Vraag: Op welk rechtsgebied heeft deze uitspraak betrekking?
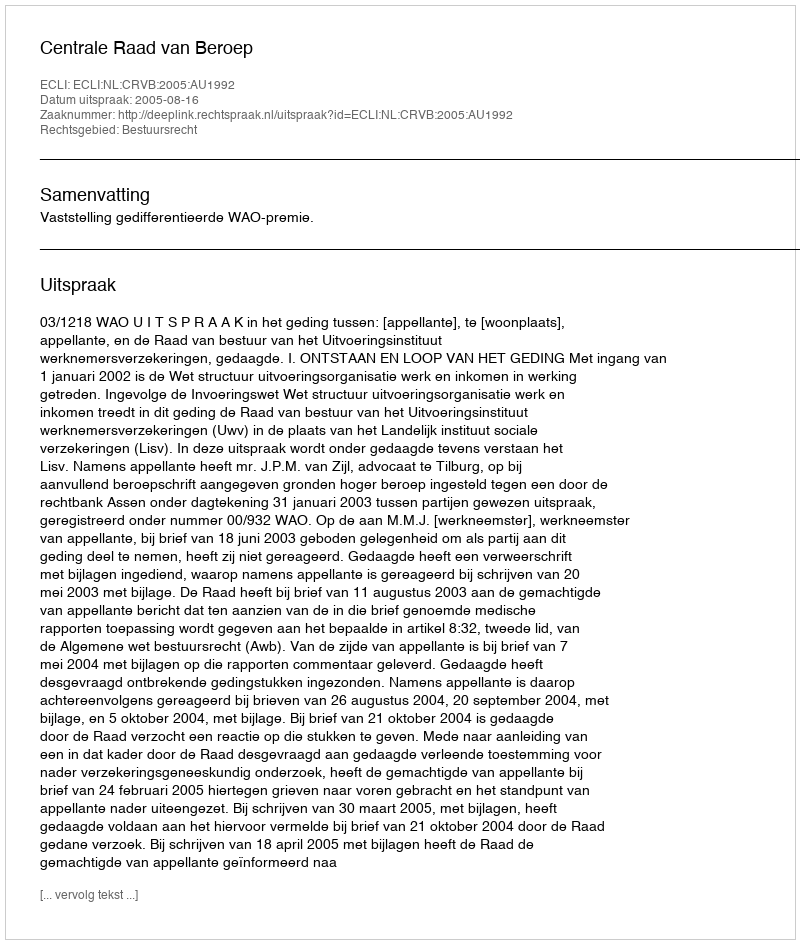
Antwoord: Bestuursrecht